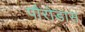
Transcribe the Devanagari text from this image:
पौरोडास